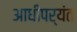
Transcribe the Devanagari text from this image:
आधीपर्यंत